Report of the Imperial Institute of Veterinary Research, Muktesar
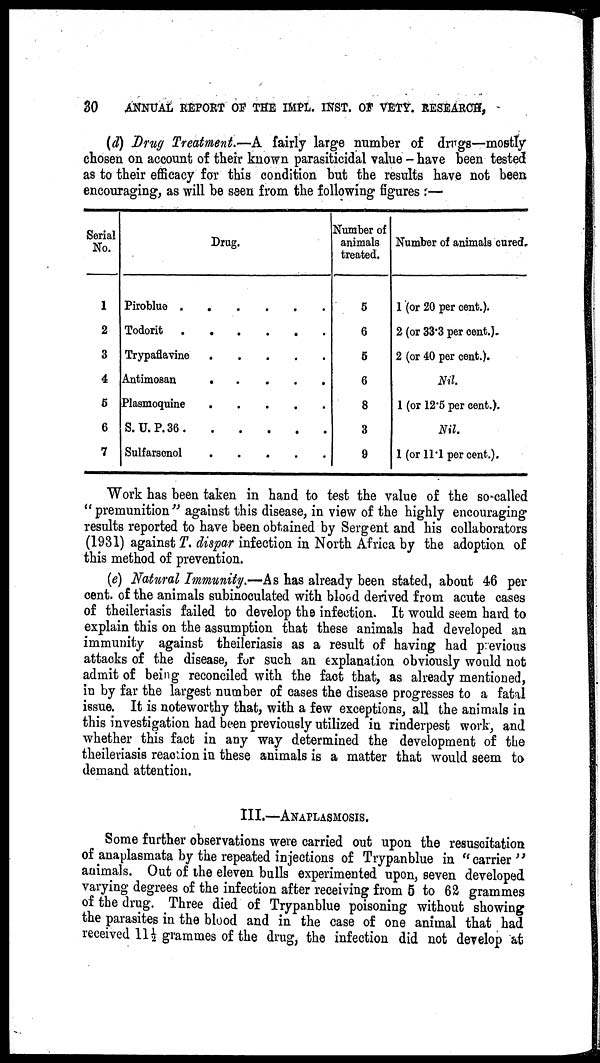
30
ANNUAL REPORT OF THE IMPL. INST. OF VETY. RESEARCH,
(d) Drug Treatment.—A fairly large number of drugs—mostly
chosen on account of their known parasiticidal value - have been tested
as to their efficacy for this condition but the results have not been
encouraging, as will be seen from the following figures :—
Serial
No.
1
2
3
4
5
6
7
Drug.
Piroblue
......
Todorit
Trypaflavine
Antimosan
Plasmoquine
.....
S.U.P.36
Sulfarsenol
Number of
animals
treated.
5
6
5
6
8
3
9
Number of animals cured.
1 (or 20 per cent.).
2 (or 33.3 per cent.).
2 (or 40 per cent.).
Nil.
1 (or 12.5 per cent.).
Nil.
1 (or 11.1 percent.).
Work has been taken in hand to test the value of the so called
" premunition " against this disease, in view of the highly encouraging
results reported to have been obtained by Sergent and his collaborators
(1931) against T. dispar infection in North Africa by the adoption of
this method of prevention.
(e) Natural Immunity.—As has already been stated, about 46 per
cent. of the animals subinoculated with blood derived from acute cases
of theileriasis failed to develop the infection. It would seem hard to
explain this on the assumption that these animals had developed an
immunity against theileriasis as a result of having had previous
attacks of the disease, for such an explanation obviously would not
admit of being reconciled with the fact that, as already mentioned,
in by far the largest number of cases the disease progresses to a fatal
issue. It is noteworthy that, with a few exceptions, all the animals in
this investigation had been previously utilized in rinderpest work, and
whether this fact in any way determined the development of the
theileriasis reaction in these animals is a matter that would seem to
demand attention.
III.—ANAPLASMOSIS.
Some further observations were carried out upon the resuscitation
of anaplasmata by the repeated injections of Trypanblue in "carrier"
animals. Out of the eleven bulls experimented upon, seven developed
varying degrees of the infection after receiving from 5 to 62 grammes
of the drug. Three died of Trypanblue poisoning without showing
the parasites in the blood and in the case of one animal that had
received 11½ grammes of the drug, the infection did not develop at